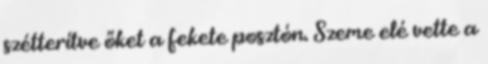
szétterítve őket a fekete posztón. Szeme elé vette a